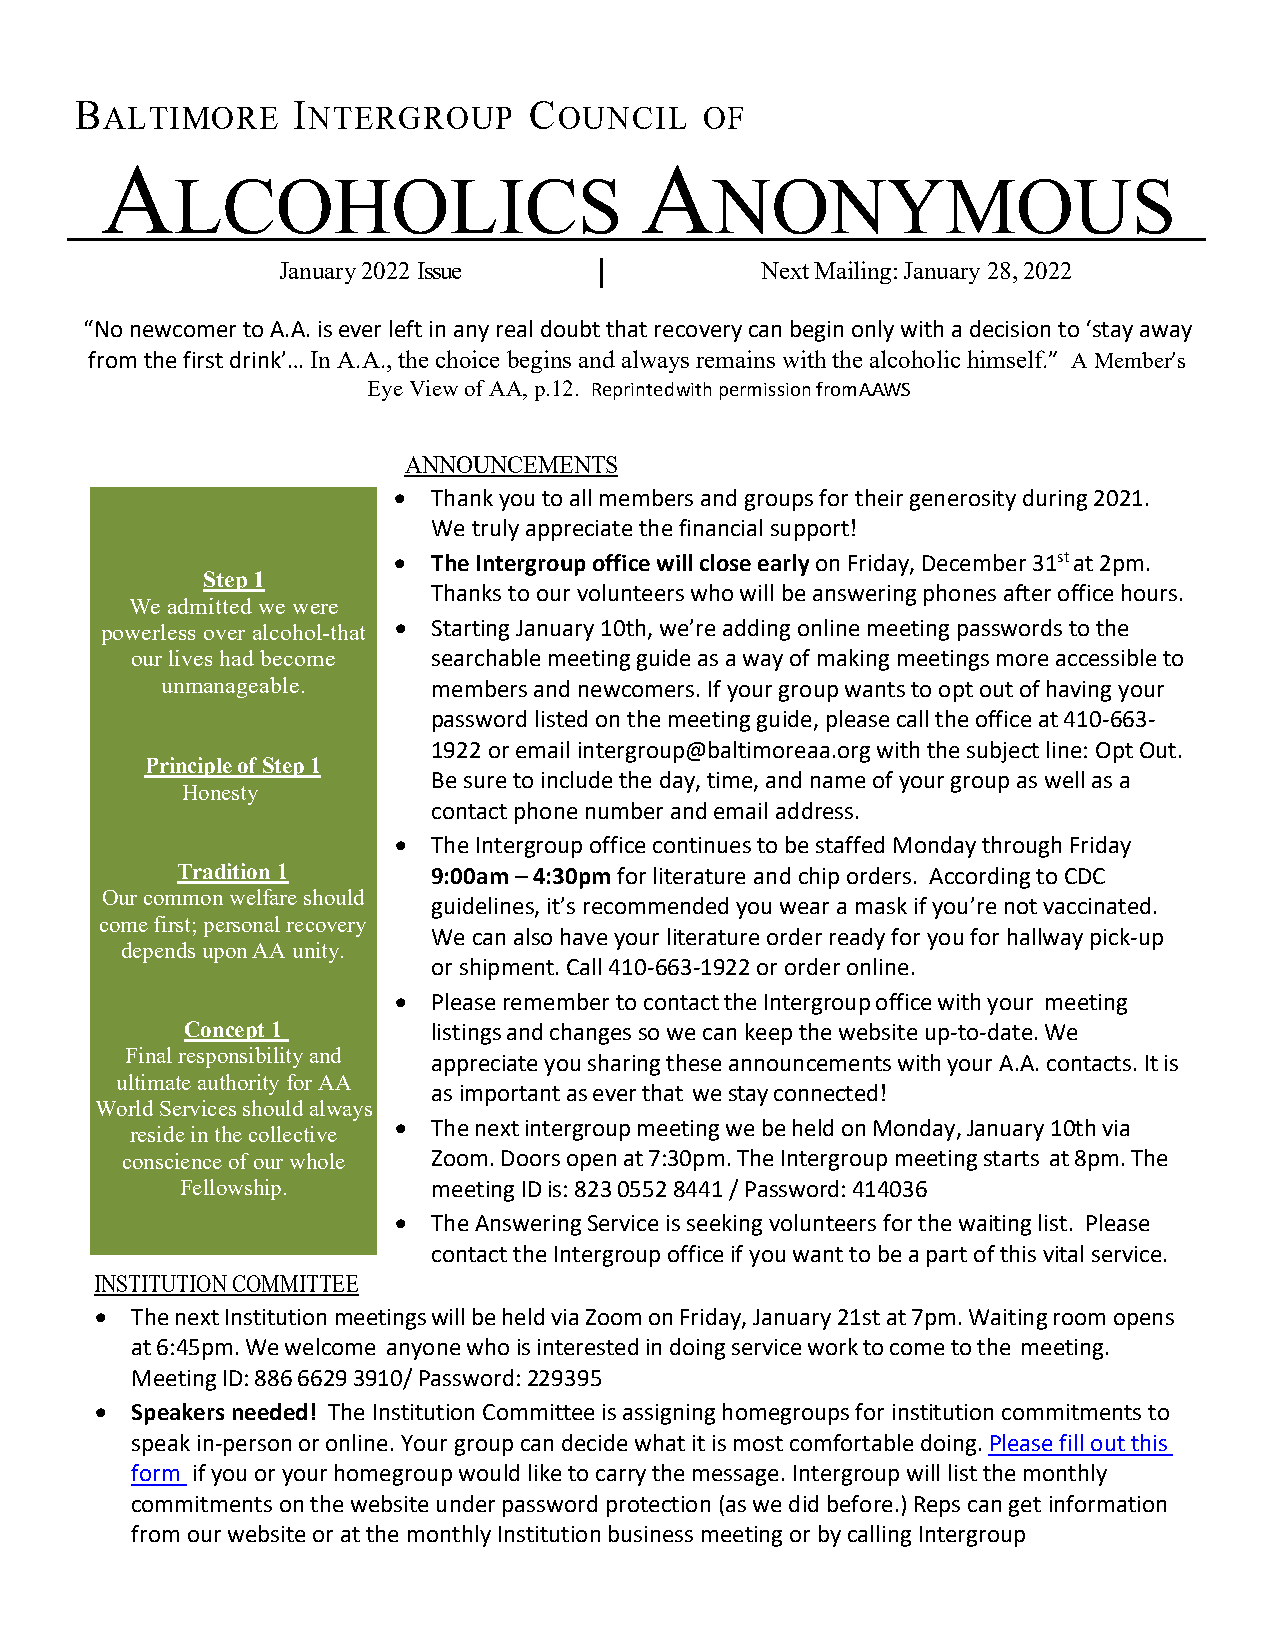
BALTIMORE     INTERGROUP      COUNCIL     OF
 A                                  A
 LCOHOLICS                           NONYMOUS
 January 2022 Issue              Next Mailing: January 28, 2022
 “No newcomer to A.A. is ever left in any real doubt that recovery can begin only with a decision to ‘stay away
 from the first drink’… In A.A., the choice begins and always remains with the alcoholic himself.” A Member’s
 Eye View of AA, p.12. Reprinted with permission from A..A.W.S
 ANNOUNCEMENTS
 •  Thank you to all members and groups for their generosity during 2021.
 We truly appreciate the financial support!
 •  The Intergroup office will close early on Friday, December 31st at 2pm.
 Step 1
 Thanks to our volunteers who will be answering phones after office hours.
 We admitted we were
 powerless over alcohol-that • Starting January 10th, we’re adding online meeting passwords to the
 our lives had become searchable meeting guide as a way of making meetings more accessible to
 unmanageable.     members and newcomers. If your group wants to opt out of having your
 password listed on the meeting guide, please call the office at 410-663-
 1922 or email intergroup@baltimoreaa.org with the subject line: Opt Out.
 Principle of Step 1
 Be sure to include the day, time, and name of your group as well as a
 Honesty
 contact phone number and email address.
 •  The Intergroup office continues to be staffed Monday through Friday
 Tradition 1      9:00am – 4:30pm for literature and chip orders. According to CDC
 Our common welfare should
 guidelines, it’s recommended you wear a mask if you’re not vaccinated.
 come first; personal recovery
 We can also have your literature order ready for you for hallway pick-up
 depends upon AA unity.
 or shipment. Call 410-663-1922 or order online.
 •  Please remember to contact the Intergroup office with your meeting
 Concept 1        listings and changes so we can keep the website up-to-date. We
 Final responsibility and appreciate you sharing these announcements with your A.A. contacts. It is
 ultimate authority for AA
 as important as ever that we stay connected!
 World Services should always
 •  The next intergroup meeting we be held on Monday, January 10th via
 reside in the collective
 conscience of our whole Zoom. Doors open at 7:30pm. The Intergroup meeting starts at 8pm. The
 Fellowship.      meeting ID is: 823 0552 8441 / Password: 414036
 •  The Answering Service is seeking volunteers for the waiting list. Please
 contact the Intergroup office if you want to be a part of this vital service.
 INSTITUTION COMMITTEE
 •  The next Institution meetings will be held via Zoom on Friday, January 21st at 7pm. Waiting room opens
 at 6:45pm. We welcome anyone who is interested in doing service work to come to the meeting.
 Meeting ID: 886 6629 3910/ Password: 229395
 •  Speakers needed! The Institution Committee is assigning homegroups for institution commitments to
 speak in-person or online. Your group can decide what it is most comfortable doing. Please fill out this
 form if you or your homegroup would like to carry the message. Intergroup will list the monthly
 commitments on the website under password protection (as we did before.) Reps can get information
 from our website or at the monthly Institution business meeting or by calling Intergroup